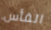
الفأس